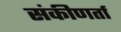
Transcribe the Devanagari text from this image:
संकीणर्ता